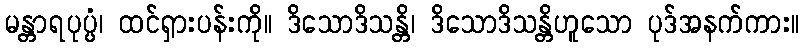
မန္တာရပုပ္ပံ၊ ထင်ရှားပန်းကို။ ဒိသောဒိသန္တိ၊ ဒိသောဒိသန္တိဟူသော ပုဒ်အနက်ကား။